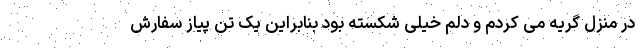
در منزل گریه می کردم و دلم خیلی شکسته بود بنابراین یک تن پیاز سفارش